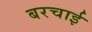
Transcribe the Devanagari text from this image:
बरचाई